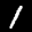
Label: 1